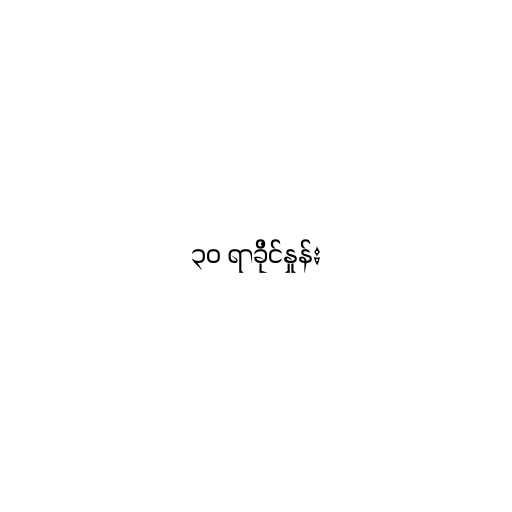
၃၀ ရာခိုင်နှုန်း